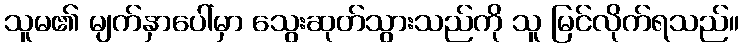
သူမ၏ မျက်နှာပေါ်မှာ သွေးဆုတ်သွားသည်ကို သူ မြင်လိုက်ရသည်။